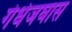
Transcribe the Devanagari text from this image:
गंधेजघास